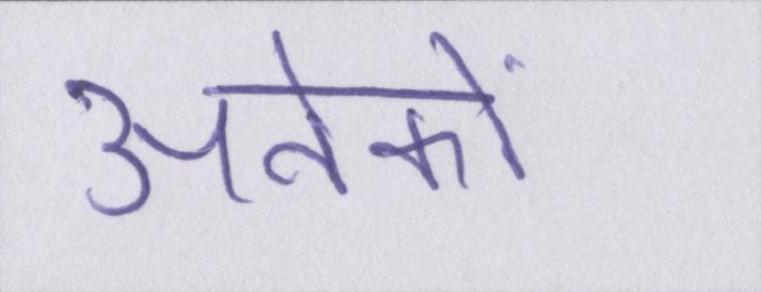
अनेकों